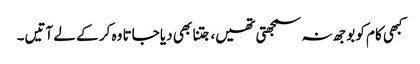
کبھی کام کو بوجھ نہ سمجھتی تھیں، جتنا بھی دیا جاتا وہ کر کے لے آتیں۔